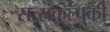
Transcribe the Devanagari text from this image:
सत्संकल्पकी